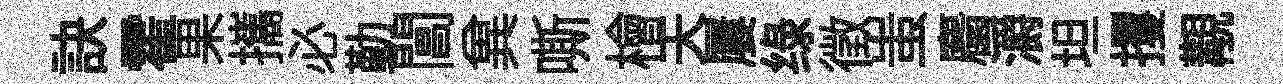
訣霍果攜必勤閶兾嘶檜天屢绿徵蚩麕灂坦攫覯